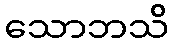
သောဘသိ